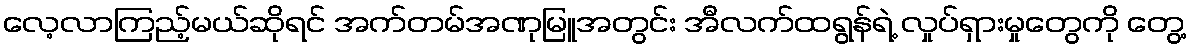
လေ့လာကြည့်မယ်ဆိုရင် အက်တမ်အဏုမြူအတွင်း အီလက်ထရွန်ရဲ့ လှုပ်ရှားမှုတွေကို တွေ့